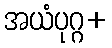
အယံပုဂ္ဂ+